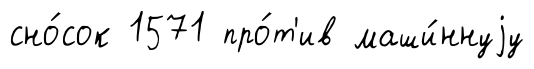
сно́сок 1571 про́т'ив маши́ннуjу